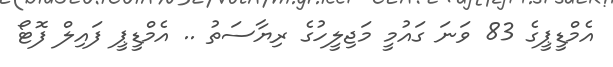
އެމްޑީޕީގެ 83 ވަނަ ގައުމީ މަޖިލީހުގެ ރިޔާސަތު .. އެމްޑީޕީ ފައިލް ފޮޓޯ